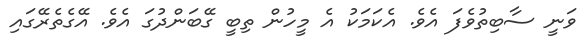
ވަނީ ސާބިތުވެފަ އެވެ. އެކަމަކު އެ މީހުން ތިބީ ގޭބަންދުގަ އެވެ. އޭގެތެރޭގައި